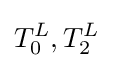
T_{0}^{L},T_{2}^{L}